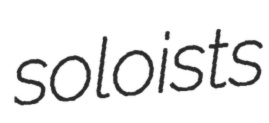
soloists